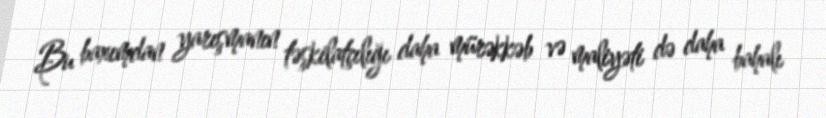
Bu baxımdan yarışmanın təşkilatçılığı daha mürəkkəb və maliyəti də daha bahalı